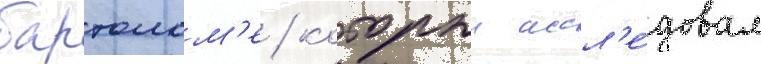
бартолом'е / которыи иссл'е́довал